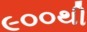
૯૦૦થી